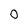
Character: 0